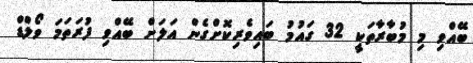
ބޭއްވި މި މުބާރާތަކީ 32 ގައުމު ބައިވެރިކޮށްގެން އަލަށް ބޭއްވި ފުރަތަމަ ވޯލްޑް